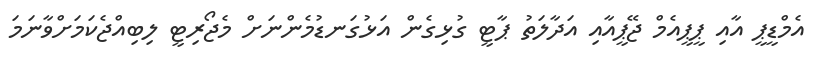
އެމްޑީޕީ އާއި ޕީޕީއެމް ޖޭޕީއާއި އަދާލަތު ޕާޓީ ގުޅިގެން އަޅުގަނޑުމެންނަށް މެޖޯރިޓީ ލިބިއްޖެކަމަށްވާނަމަ